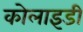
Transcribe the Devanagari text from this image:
कोलाइडी